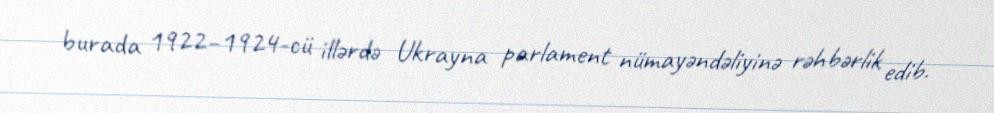
burada 1922–1924-cü illərdə Ukrayna parlament nümayəndəliyinə rəhbərlik edib.